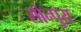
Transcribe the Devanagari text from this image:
सोन्पुरा